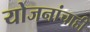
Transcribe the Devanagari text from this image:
योजनांचाही